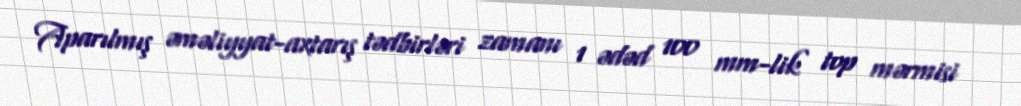
Aparılmış əməliyyat-axtarış tədbirləri zamanı 1 ədəd 100 mm-lik top mərmisi